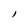
Character: l